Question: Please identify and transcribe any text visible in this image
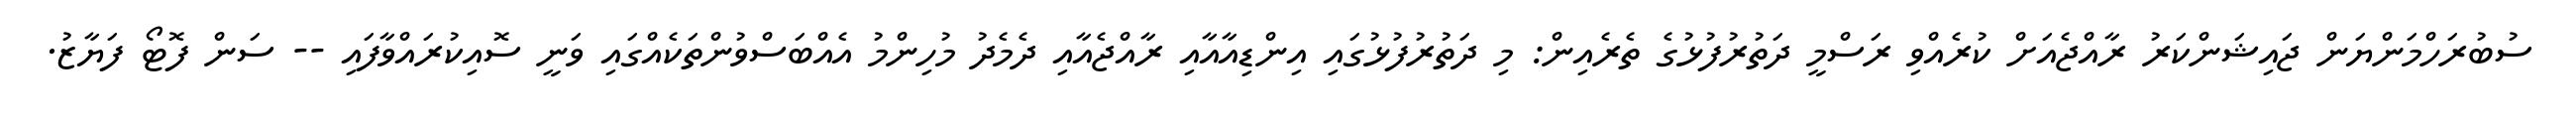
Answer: ސުބުރަހްމަންޔަން ޖައިޝަންކަރު ރާއްޖެއަށް ކުރެއްވި ރަސްމީ ދަތުރުފުޅުގެ ތެރެއިން: މި ދަތުރުފުޅުގައި އިންޑިއާއާއި ރާއްޖެއާއި ދެމެދު މުހިންމު އެއްބަސްވުންތަކެއްގައި ވަނީ ސޮއިކުރައްވާފައި -- ސަން ފޮޓޯ ފަޔާޒު.